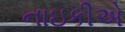
નાઇકીએ